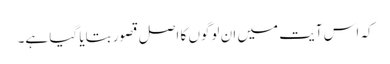
کہ اس آیت میں ان لوگوں کا اصل قصور بتایا گیا ہے۔